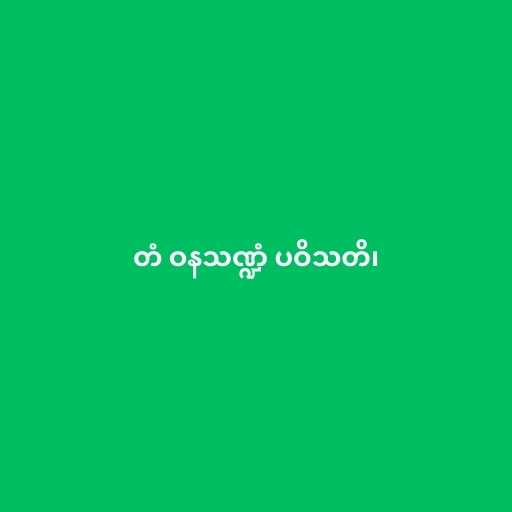
တံ ဝနသဏ္ဍံ ပဝိသတိ၊